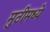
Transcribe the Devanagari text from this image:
मुठीमध्ये